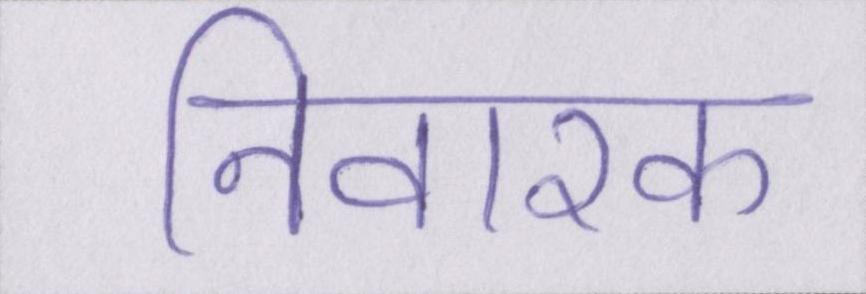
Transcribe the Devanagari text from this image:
निवारक